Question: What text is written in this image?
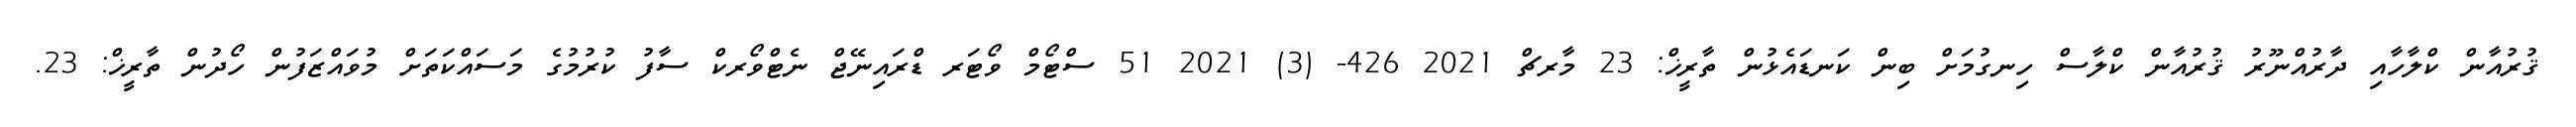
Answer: ޤުރުއާން ކްލާހާއި ދާރުއްނޫރު ޤުރުއާން ކްލާސް ހިނގުމަށް ބިން ކަނޑައެޅުން ތާރީޚް: 23 މާރޗް 2021 426- (3) 2021 51 ސްޓޯމް ވޯޓަރ ޑްރައިނޭޖް ނެޓްވޯރކް ސާފު ކުރުމުގެ މަސައްކަތަށް މުވައްޒަފުން ހޯދުން ތާރީޚް: 23.